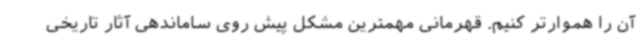
آن را هموارتر کنیم. قهرمانی مهمترین مشکل پیش روی ساماندهی آثار تاریخی